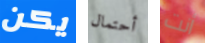
يكن أحتمال أنت